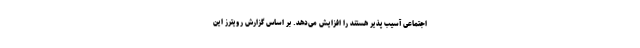
اجتماعی آسیب پذیر هستند را افزایش می‌دهد. بر اساس گزارش رویترز این